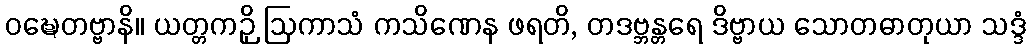
ဝဍ္ဎေတဗ္ဗာနိ။ ယတ္တကဉှိ ဩကာသံ ကသိဏေန ဖရတိ, တဒဗ္ဘန္တရေ ဒိဗ္ဗာယ သောတဓာတုယာ သဒ္ဒံ